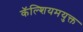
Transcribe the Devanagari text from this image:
कॅल्शियमयुक्त